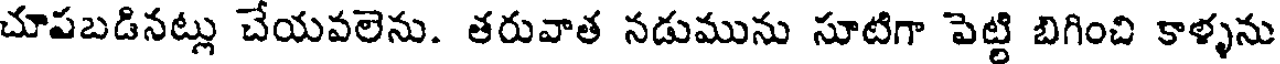
చూపబడినట్లు చేయవలెను. తరువాత నడుమును సూటిగా పెట్టి బిగించి కాళ్ళను